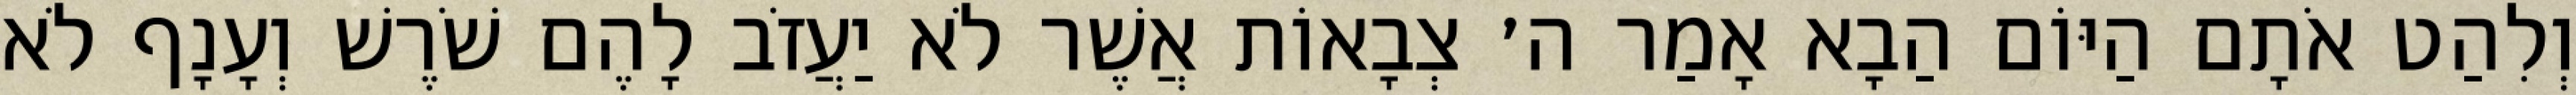
וְלִהַט אֹתָם הַיּוֹם הַבָא אָמַר ה׳ צְבָאוֹת אֲשֶׁר לֹא יַעֲזֹב לָהֶם שֹׁרֶשׁ וְעָנָף לֹא